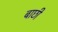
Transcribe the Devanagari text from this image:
बाछी